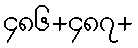
၄၈၆+၄၈၇+